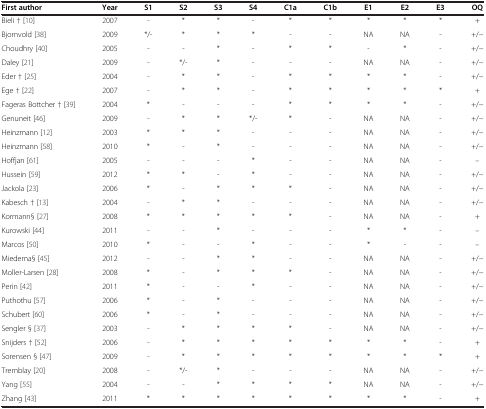
<table><thead><tr><td><b>First author</b></td><td><b>Year</b></td><td><b>S1</b></td><td><b>S2</b></td><td><b>S3</b></td><td><b>S4</b></td><td><b>C1a</b></td><td><b>C1b</b></td><td><b>E1</b></td><td><b>E2</b></td><td><b>E3</b></td><td><b>OQ</b></td></tr></thead><tbody><tr><td>Bieli † [10]</td><td>2007</td><td>-</td><td>*</td><td>*</td><td>-</td><td>*</td><td>*</td><td>*</td><td>*</td><td>*</td><td>+</td></tr><tr><td>Bjornvold [38]</td><td>2009</td><td>*/-</td><td>*</td><td>*</td><td>*</td><td>-</td><td>-</td><td>NA</td><td>NA</td><td>-</td><td>+/−</td></tr><tr><td>Choudhry [40]</td><td>2005</td><td>-</td><td>-</td><td>*</td><td>-</td><td>*</td><td>*</td><td>-</td><td>*</td><td>-</td><td>+/−</td></tr><tr><td>Daley [21]</td><td>2009</td><td>-</td><td>*/-</td><td>*</td><td>-</td><td>-</td><td>-</td><td>NA</td><td>NA</td><td>-</td><td>+/−</td></tr><tr><td>Eder † [25]</td><td>2004</td><td>-</td><td>*</td><td>*</td><td>-</td><td>*</td><td>*</td><td>*</td><td>*</td><td>-</td><td>+/−</td></tr><tr><td>Ege † [22]</td><td>2007</td><td>-</td><td>*</td><td>*</td><td>-</td><td>*</td><td>*</td><td>*</td><td>*</td><td>*</td><td>+</td></tr><tr><td>Fageras Bottcher † [39]</td><td>2004</td><td>*</td><td>-</td><td>-</td><td>-</td><td>*</td><td>*</td><td>*</td><td>*</td><td>-</td><td>+/−</td></tr><tr><td>Genuneit [46]</td><td>2009</td><td>-</td><td>*</td><td>*</td><td>*/-</td><td>*</td><td>-</td><td>NA</td><td>NA</td><td>-</td><td>+/−</td></tr><tr><td>Heinzmann [12]</td><td>2003</td><td>*</td><td>*</td><td>*</td><td>-</td><td>-</td><td>-</td><td>NA</td><td>NA</td><td>-</td><td>+/−</td></tr><tr><td>Heinzmann [58]</td><td>2010</td><td>*</td><td>-</td><td>*</td><td>-</td><td>-</td><td>-</td><td>NA</td><td>NA</td><td>-</td><td>+/−</td></tr><tr><td>Hoffjan [61]</td><td>2005</td><td>-</td><td>-</td><td>-</td><td>*</td><td>-</td><td>-</td><td>NA</td><td>NA</td><td>-</td><td>–</td></tr><tr><td>Hussein [59]</td><td>2012</td><td>*</td><td>*</td><td>-</td><td>*</td><td>-</td><td>-</td><td>NA</td><td>NA</td><td>-</td><td>+/−</td></tr><tr><td>Jackola [23]</td><td>2006</td><td>*</td><td>-</td><td>*</td><td>*</td><td>*</td><td>-</td><td>NA</td><td>NA</td><td>-</td><td>+/−</td></tr><tr><td>Kabesch † [13]</td><td>2004</td><td>-</td><td>*</td><td>*</td><td>-</td><td>-</td><td>-</td><td>NA</td><td>NA</td><td>-</td><td>+/−</td></tr><tr><td>Kormann§ [27]</td><td>2008</td><td>*</td><td>*</td><td>*</td><td>*</td><td>*</td><td>-</td><td>NA</td><td>NA</td><td>-</td><td>+</td></tr><tr><td>Kurowski [44]</td><td>2011</td><td>-</td><td>-</td><td>*</td><td>-</td><td>-</td><td>-</td><td>*</td><td>*</td><td>-</td><td>–</td></tr><tr><td>Marcos [50]</td><td>2010</td><td>*</td><td>-</td><td>-</td><td>*</td><td>-</td><td>-</td><td>*</td><td>-</td><td>-</td><td>–</td></tr><tr><td>Miedema§ [45]</td><td>2012</td><td>-</td><td>-</td><td>*</td><td>*</td><td>-</td><td>-</td><td>NA</td><td>NA</td><td>-</td><td>+/−</td></tr><tr><td>Moller-Larsen [28]</td><td>2008</td><td>*</td><td>-</td><td>*</td><td>*</td><td>*</td><td>-</td><td>NA</td><td>NA</td><td>-</td><td>+/−</td></tr><tr><td>Perin [42]</td><td>2011</td><td>*</td><td>-</td><td>-</td><td>*</td><td>-</td><td>-</td><td>NA</td><td>NA</td><td>-</td><td>+/−</td></tr><tr><td>Puthothu [57]</td><td>2006</td><td>*</td><td>-</td><td>*</td><td>-</td><td>-</td><td>-</td><td>NA</td><td>NA</td><td>-</td><td>+/−</td></tr><tr><td>Schubert [60]</td><td>2006</td><td>*</td><td>-</td><td>*</td><td>-</td><td>-</td><td>-</td><td>NA</td><td>NA</td><td>-</td><td>+/−</td></tr><tr><td>Sengler § [37]</td><td>2003</td><td>-</td><td>*</td><td>*</td><td>*</td><td>*</td><td>-</td><td>NA</td><td>NA</td><td>-</td><td>+/−</td></tr><tr><td>Snijders † [52]</td><td>2006</td><td>-</td><td>*</td><td>*</td><td>*</td><td>*</td><td>*</td><td>*</td><td>*</td><td>-</td><td>+</td></tr><tr><td>Sorensen § [47]</td><td>2009</td><td>-</td><td>*</td><td>*</td><td>*</td><td>*</td><td>*</td><td>*</td><td>*</td><td>*</td><td>+</td></tr><tr><td>Tremblay [20]</td><td>2008</td><td>-</td><td>*/-</td><td>*</td><td>-</td><td>-</td><td>-</td><td>NA</td><td>NA</td><td>-</td><td>+/−</td></tr><tr><td>Yang [55]</td><td>2004</td><td>-</td><td>-</td><td>*</td><td>*</td><td>*</td><td>*</td><td>NA</td><td>NA</td><td>-</td><td>+/−</td></tr><tr><td>Zhang [43]</td><td>2011</td><td>*</td><td>*</td><td>*</td><td>*</td><td>*</td><td>*</td><td>*</td><td>*</td><td>-</td><td>+</td></tr></tbody></table>